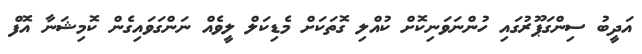
އަދީބު ސިންގަޕޫރުގައި ހުންނަވަނިކޮށް ކުއްލި ގޮތަކަށް މެޑިކަލް ލީވެއް ނަންގަވައިގެން ކޮމިޝަނާ އޮފް